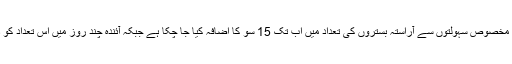
وبا سے متاثرہ مریضوں کے لئے مخصوص سہولتوں سے آراستہ بستروں کی تعداد میں اب تک 15 سو کا اضافہ کیا جا چکا ہے جبکہ آئندہ چند روز میں اس تعداد کو ڈھائی ہزار تک پہنچا دیا جائے گا۔